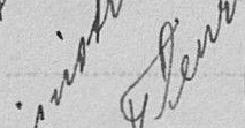
P. Administrateur  Signé : FLEURY